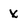
Character: X